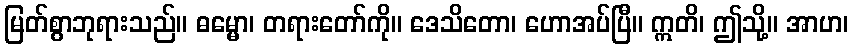
မြတ်စွာဘုရားသည်။ ဓမ္မော၊ တရားတော်ကို။ ဒေသိတော၊ ဟောအပ်ပြီ။ ဣတိ၊ ဤသို့။ အာဟ၊